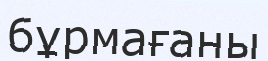
бұрмағаны